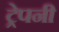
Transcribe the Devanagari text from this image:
ट्रेपनी